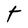
Character: t